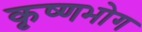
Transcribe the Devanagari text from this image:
कृष्णभोग